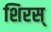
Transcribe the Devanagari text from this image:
शिरस्